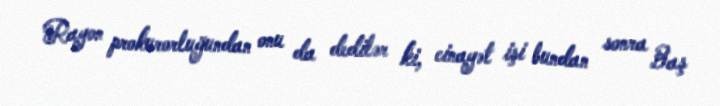
Rayon prokurorluğundan onu da dedilər ki, cinayət işi bundan sonra Baş